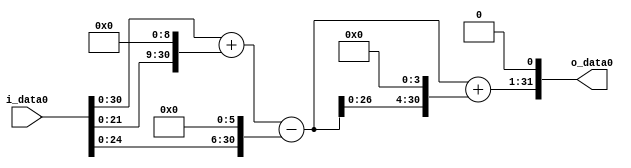
module multiplier_block (
    i_data0,
    o_data0
);

  // Port mode declarations:
  input   [31:0] i_data0;
  output  [31:0]
    o_data0;

  //Multipliers:

  wire [31:0]
    w1,
    w512,
    w513,
    w64,
    w449,
    w7184,
    w7633,
    w15266;

  assign w1 = i_data0;
  assign w15266 = w7633 << 1;
  assign w449 = w513 - w64;
  assign w512 = w1 << 9;
  assign w513 = w1 + w512;
  assign w64 = w1 << 6;
  assign w7184 = w449 << 4;
  assign w7633 = w449 + w7184;

  assign o_data0 = w15266;

  //multiplier_block area estimate = 4630.34883442059;
endmodule